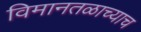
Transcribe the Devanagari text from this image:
विमानतळाच्याच